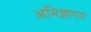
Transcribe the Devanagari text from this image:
अभिज्ञापन